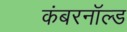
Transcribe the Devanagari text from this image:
कंबरनॉल्ड